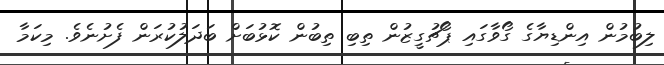
ލިބުމުން އިންޑިޔާގެ ގޯވާގައި ޕޯޗުގީޒުން ތިބި ތިބުން ކޮޅުބަށް ބަދަލުކުރަން ފެށުނެވެ. މިކަމާ